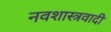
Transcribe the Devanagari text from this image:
नवशास्त्रवादी